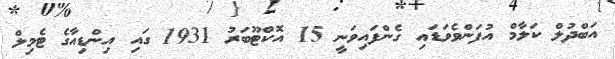
އަބްދުލް ކަލާމް އުފަންވެވަޑައި ގެންފައިވަނީ 15 އޮކްޓޫބަރު 1931 ގައި އިންޑިއާގެ ޓެމިލް